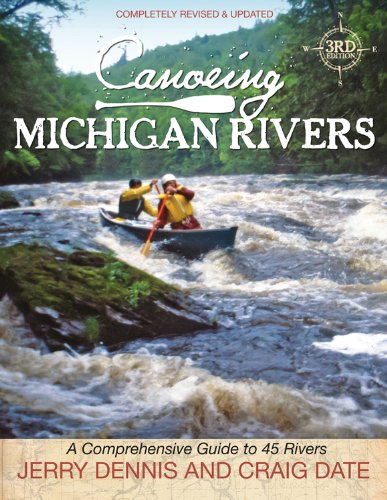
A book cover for Canoeing Michigan Rivers: A Comprehensive Guide to 45 Rivers, Revise and Updated; Jerry Dennis; Sports & Outdoors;